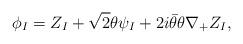
LaTeX: \begin{align*}\phi_I = Z_I + {\sqrt 2}\theta\psi_I+ 2i\bar\theta\theta \nabla_+ Z_I,\end{align*}